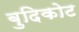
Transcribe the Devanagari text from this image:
बुदिकोट